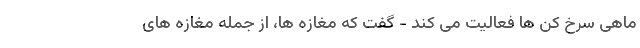
ماهی سرخ کن ها فعالیت می کند - گفت که مغازه ها، از جمله مغازه های